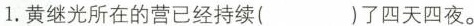
1. 黄继光所在的营已经持续( )了四天四夜。